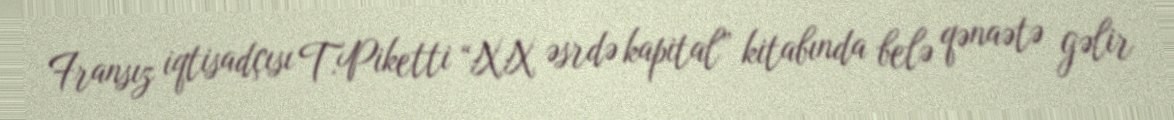
Fransız iqtisadçısı T.Piketti “XX əsrdə kapital” kitabında belə qənaətə gəlir